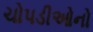
ચોપડીઓનો